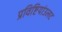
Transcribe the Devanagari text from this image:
प्रविष्टियांउलट